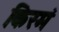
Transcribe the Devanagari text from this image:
किरमं